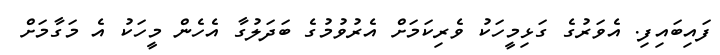
ފައިބައިފި. އެވަރުގެ ގަޅިމީހަކު ވެރިކަމަށް އެރުވުމުގެ ބަދަލުގާ އެހެން މީހަކު އެ މަގާމަށް